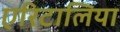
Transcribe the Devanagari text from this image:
एरिटालिया